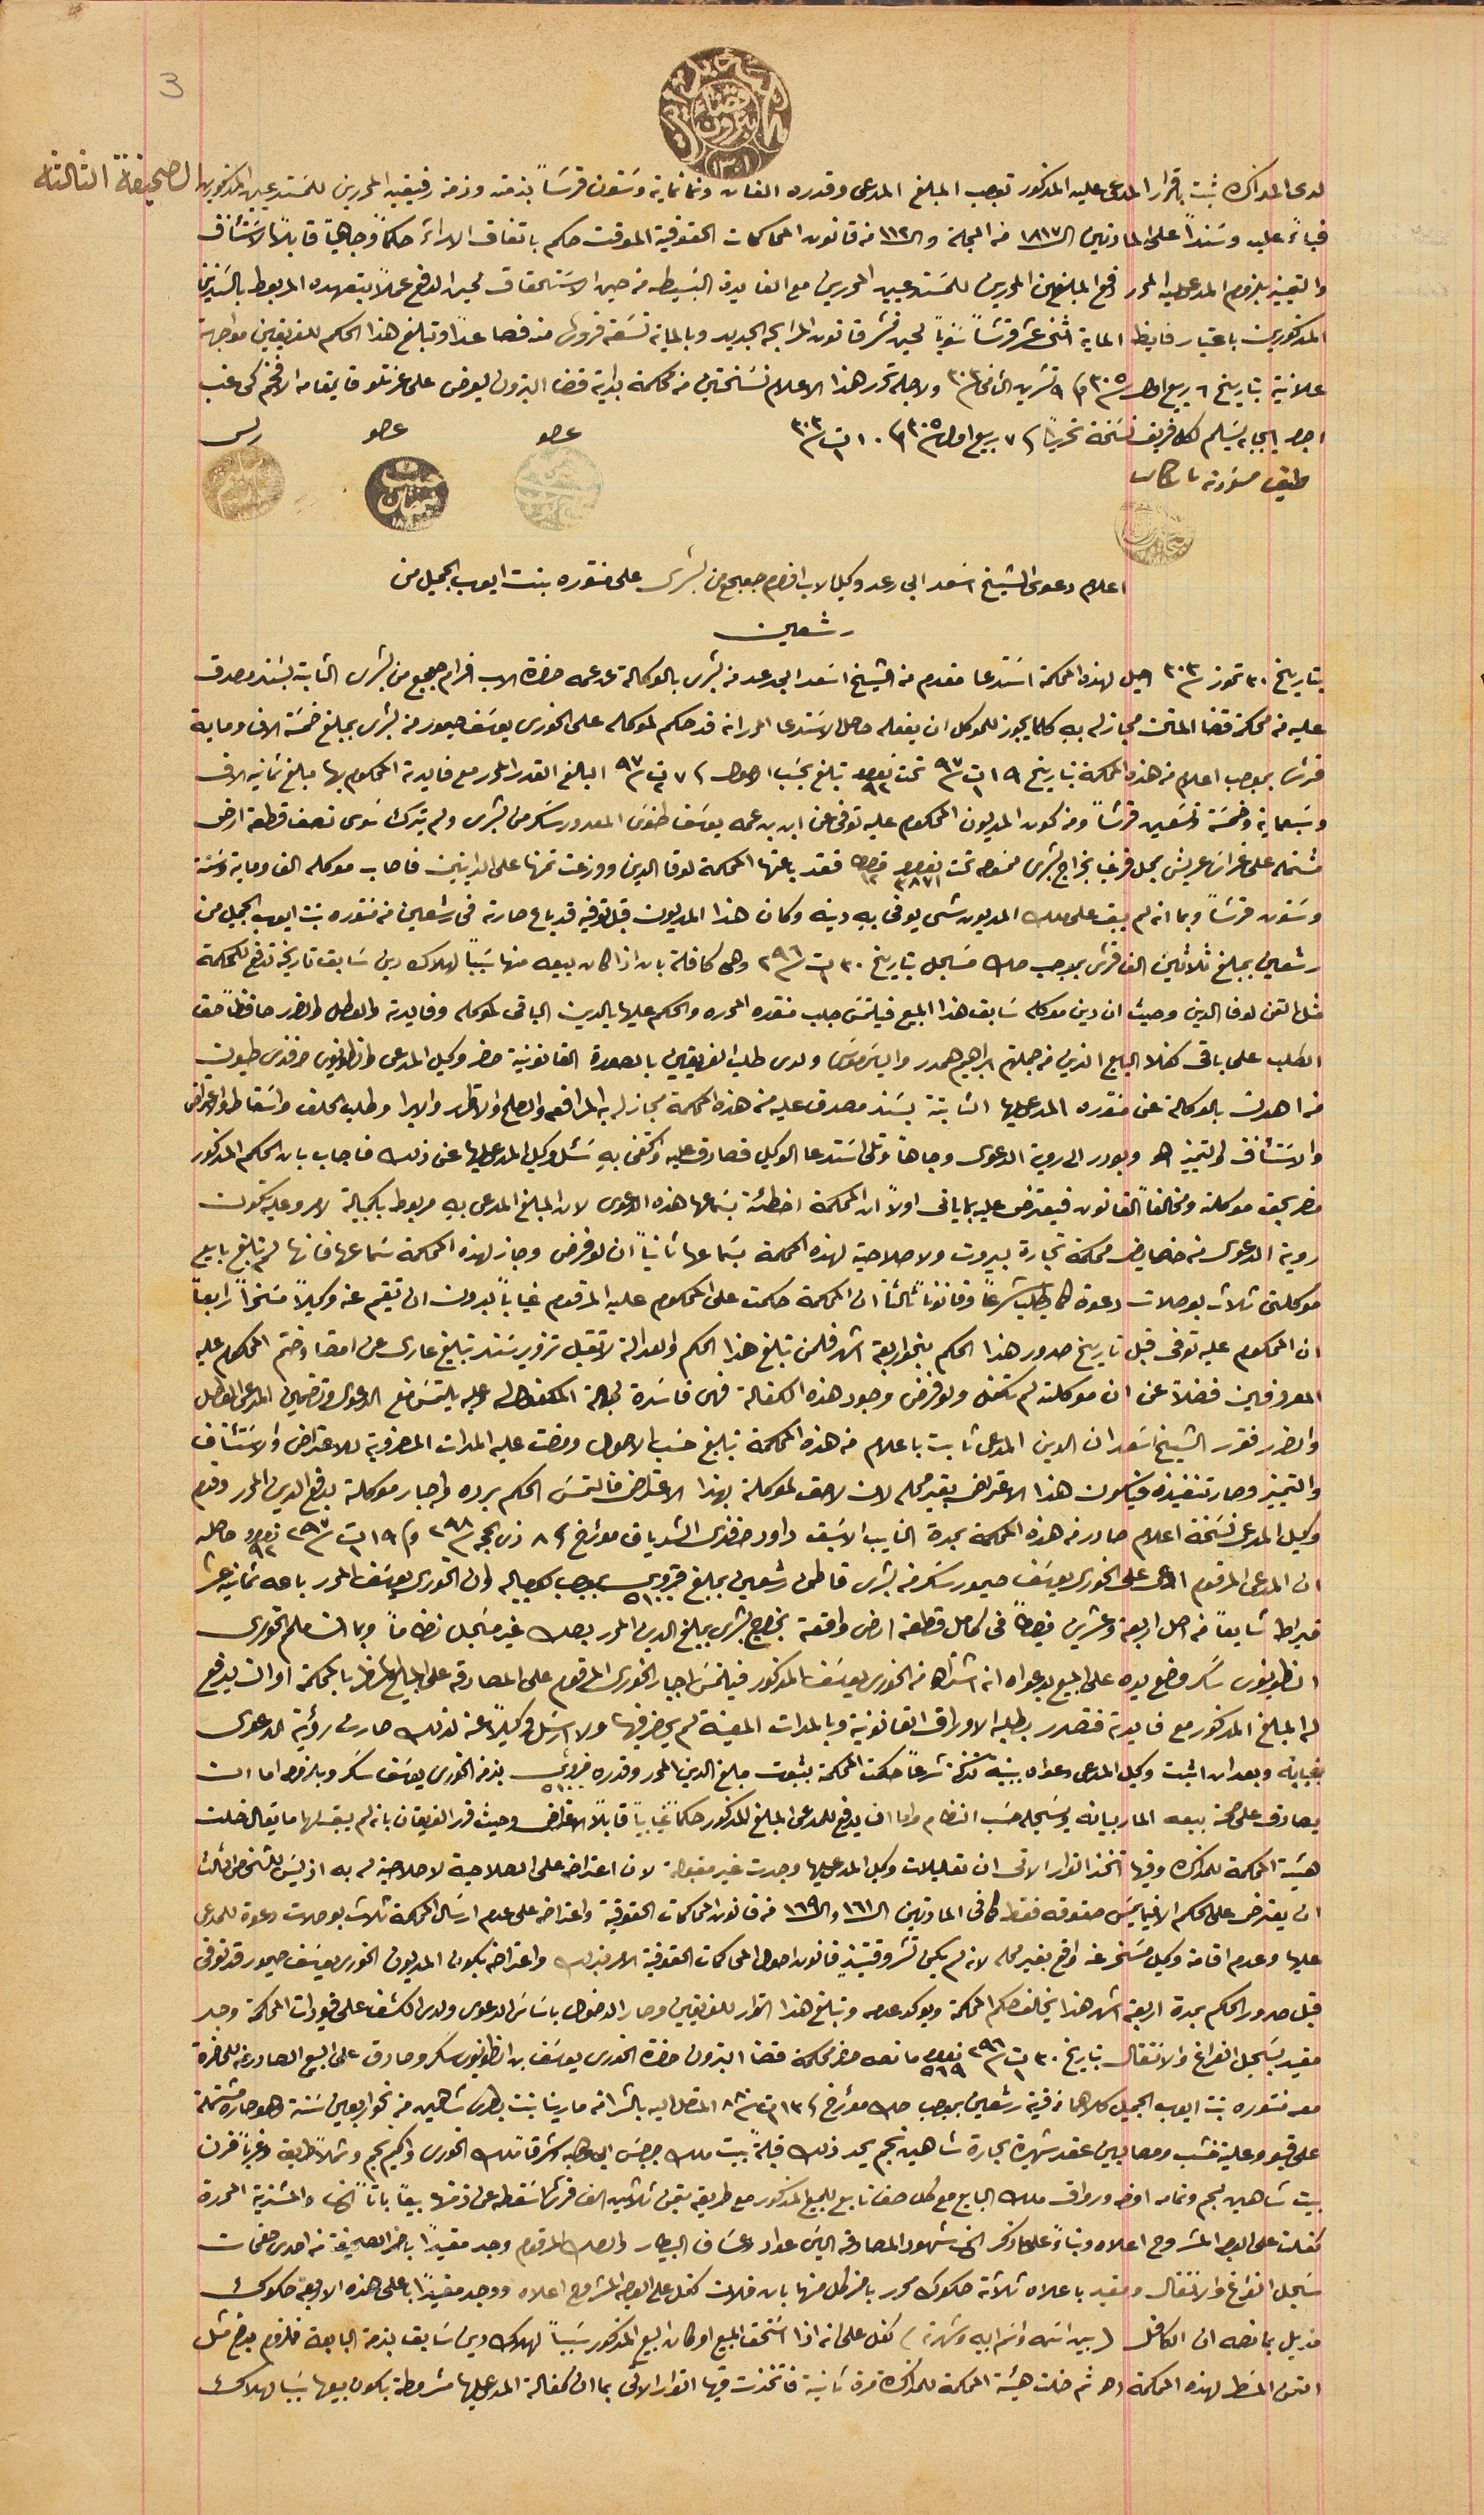
محكمة بدايت قضاء بترون ١٣٠١
 لدى المذاكره ثبت باقرار المدعى عليه المذكور توجب المبلغ المدعى وقدره الفان وتمانماية وسَتون قرشاً بذمته وذمة رفيقيه المحررين للمسَتدعين  المذكورين الصحيفة الثالثة
فباءً عليه وسنداً على المادتين الـ١٨١٧ من المجلة والـ١١٢ من قانون المحاكمات الحقوقية الموقت حكم باتفاق الاراءَ حكماً وجاهياً قابلاً الاسَتئناف
 والتمييز بلزوم المدعى عليه المحرر دفع المبلغين المحررين للمسَتدعيين المحررين مع الفايدة البسَيطه من حين الاسَتحقاق لحين الدفع عملاً بتعهده المربوط بالسَندين
المذكورين باعتبار فايظ الماية اثنى عشر قرشاً سوياً لحين نشر قانون المرابحه الجديد وبالماية تسَعة قروش منه فصاعداً وتبلغ هذا الحكم للفريقين مواجهة
علانية بتاريخ ٦ ربيع اول سنة ٣٠٥ وفى ٩ تشرين الثانى سنة ٣٠٣ ولاجله تحرر هذا الاعلام نسَختين من محكمة بداية قضا البترون يعرض على عزتلو قايمقام الافخم كى غب
اجرا ايجابه يسَلم لكل فريق نسَخة تحريراً فى ٧ ربيع اول سنة ٣٠٥ وفى ١٠ ت١ سنة ٣٠٣
طبق مسودة باشكاتب
 رشعين
اعلام دعوى الشيخ اسَعد ابى رعد وكيل الاب افرام جعجع من بشرى على منتوره بنت ايوب الجميل من
 بتاريخ ٣٠ تموز سنة ٣٠٣ احيل لهذه المحكمة اسَتدعا مقدم من الشيخ اسَعد ابى رعد من بشرى بالوكالة عن عمه حضرة الاب افرام جعجع من بشرى الثابة بسَند مصدق
عليه من محكمة قضا المتن مجاز له بهِ كلما يجوز للموكل ان يفعله حاصل الاسَتدعا المحرر انه قد حكم لموكله على الخورى يوسَف حيمور من بشرى بمبلغ خمسَة الاف وماية
قرش بموجب اعلام من هذه المحكمة بتاريخ ١٩ ت١ سنة ٩٧ تحت نمرو ٩٢ تبلغ بحسَب الاصول فى ٧ ت٢ سنة ٩٧ البالغ القدر المحرر مع فايدته المحكوم بها مبلغ ثمانية الاف
وسَبعماية وخمسَة وتسَعين قرشاً ومن كون المديون المحكوم عليه توفى عن ابن ابن عمه يوسَف طنوسَ المعدور سَكر من بشرى ولم يترك سَوى نصف قطعة ارض
مشتمله على غراسَ عريش بمحل قرني بخراج بشرى ممسَوحه تحت نمرو ٣٨٧١ قيراط ١٢  فقد باعتها المحكمة لوفا الدين ووزعت تمنها على الداينين فاصاب موكله الف وماية وسَتة
رشعين بمبلغ ثلاثين الف قرش بموجب صك مسَجل بتاريخ ٣٠ ت١ سنة ٢٩٦ وهى كافلة بانه اذا كان بيعه منها سَبباً لهلاك دين سَابق تاريخه تدفع للمحكمة
مثل التمن لوفا الدين وحيث ان دين موكله سَابق هذا المبيع فيلتمسَ جلب منتوره المحرره والحكم عليها بالدين الباقى لموكله وفايدته والعطل والضرر حافظاً حق
الطلب على باقى كفلا البايع الذي من جملتهم ابراهيم همدر والياسَ موسَى ولدى طلب الفريقين بالصورة القانونية حضر وكيل المدعى وانطونيوس افندى طيون
من اهدن بالوكلة عن منتوره المدعى عليها الثابتة بسَند مصدق عليه من هذه المحاكمة مجاز له به المرافعه والصلح والاقرار والابرا وطلب الحلف واسَقاط والاعتراض
والاسَتئناف والتمييز الخ وبودر الى روية الدعوى وجاهاً وتلى اسَتدعا الوكيل فصادق عليه واكتفى بهِ سَئل وكيل المدعى عليها عن ذلك فاجاب بان الحكم المذكور
مضر بحق موكلته ومخالفاً القانون فيعترض عليه بما ياتى اولاً ان المحكمة اخطئة بسَماعها هذه الدعوى لان المبلغ المدعى بهِ مربوط بكمبيالة لامر وعليه تكون
روية الدعوى من خصايض محكمة تجارة بيروت ولا صلاحية لهذه المحكمة بسَماعها ثانياً ان لو فرض وجاز لهذه المحكمة سَماعها فانها لم تبلغ بايع
موكلتى ثلاث بوصلات دعوة كما يطلب شرعاً وقانوناً ثالثاً ان المحكمة حكمت على المحكوم عليه المرقوم غياباً بدون ان تقيم عنه وكيلاً مسَخراً رابعاً
ان المحكوم عليه توفى قبل تاريخ صدور هذا الحكم بنحو اربعة اشهر فلمن تبلغ هذا الحكم والعدالة لا تقبل تزوير سَند تبليغ عارى عن امضا وختم المحكوم عليه
المعروفين فضلاً عن ان موكلته لم تكفل ولو فرض وجود هذه الكفالة فهى فاسَدة لجهة المكفوله وعليه يلتمسَ منع الدعوى وتضمين المدعى العطل
والضرر فقرر الشيخ اسَعد ان الدين المدعى ثابت باعلام من هذه المحكمة تبليغ حسَب الاصول ومضت عليه المدات المضروبة للاعتراض والاسَتئناف
والتمييز وصار تنفيذه فيكون هذا الاعتراض بغير محله لان لاحق لموكلته بهذا الاعتراض فالتمسَ الحكم برده واجبار موكلته بدفع الدين المحرر وقدم
وكيل المدعى نسَخة اعلام صادر فى هذه المحكمة بمدة النايب الاسَبق داود افندى الشدياق مؤرخ فى ٨ ذى الحجه سنة ٢٩٨ وفي ١٩ ت١ سنة ٢٩٧ نمرو ٩٢ حاصله
ان المدعى المرقوم ادعى على الخوري يوسَف حيمور سَكر من بشرى قاطن رشعين بمبلغ قروش ٥١٠٠ بموجب كمبياله وان الخوري يوسَف المحرر باعه ثمانيه عشر
قيراط شايعاً من اصل اربعة وعشرين قيراطاً فى كامل قطعة ارض واقعة بخراج بشرى بمبلغ الدين المحرر بصك غير مسَجل نظاماً وبما ان ملحم الخورى
 انطونيوس سَكر وضع يده على المبيع بدعواه انه اشتراها من الخوري يوسَف المذكور فيلتمسَ اجبار الخورى المرقوم على المصادقة على البايع المسَطر بالمحكمة او ان يدفع
له المبلغ المذكور مع فايدة فتصدر بطلبه الاوراق القانونية وبالمدات المعينة لم يحضر فيها ولا ارسَل وكيلاً عنه لذلك صارت رؤية الدعوى
بغيابه وبعد ان اثبت وكيل المدعى دعواه ببينة تزكها شرعاً حكمت المحكمة بثبوت مبلغ الدين المحر وقدره قروش ٥١٠٠ بذمة الخورى يوسَف سَكر ويلزموه اما ان
 يصادق على صحة بيعه المار بيانه ويسَجله حسَب النظام واما ان يدفع للمدعى المبلغ المذكور حكماً غيابياً قابلاً الاعتراض وحيث قرر الفريقان يانه لم يقبلها ما يقال خلت
هيئة المحكمة للمذاكره وفيها اتخذ القرار الاتى ان تعليلات وكيل المدعى عليها وجدت غير مقبولة لان اعتراضه على الصلاحية لاصلاحية له به اذ ليسَ للشخص الثالث
ان يعترض على الحكم الا فيما يمسَ حقوقه فقط كما فى المادتين الـ١٦١ والـ١٦٩ من قانون المحاكمات الحقوقية واعتراضه على عدم ارسَال المحكمة ثلاث بوصلات دعوة للمدعى
عليها وعدم اقامة وكيل مسَخر عنه واقع بغير محله لانه لم يكن نشر وقتيذٍ قانون اصول المحاكمات الحقوقية الامر بذلك واعتراضه يكون المديون الخوري يوسَف حيمور قد توفى
قبل صدور الحكم بمدة اربعة اشهر هذا يخالف حكم المحكمة ويوكد عدمه وتبلغ هذا القرار للفريقين وصار الدخول  باسَاسَ الدعوى ولدى الكشف على قيودات المحكمة وجد
مقيد بسَجل الفراغ والانتقال بتاريخ ٣٠ ت١ سنة ٢٩٦ نمرو ٥٦٩ ما نصه حضر محكمة قضا البترون حضرة الخورى يوسَف بن انطونيوس سَكر وصادق على البيع الصادر عنه للحاضرة
معه منتوره بنت ايوب الجميل كلاهما من قرية رشعين بموجب صك مؤرخ فى ١٣ ت١ سنة ٨٨٠  المتصل اليه بالشرا من مارينا بنت بطرس شاهين من نحو اربعين سَنة وهو حاره مشتملة
على قبو وعلية خشب ومصابين عقد شهيرة بحارة شاهين نجم يحد ذلك قبلةً بيت ملك جرجسَ ابى وهبه وشرقاً ملك الخورى واكيم نجم وشمالاً طريق وغرباً فرن
بيت شاهين نجم وتمامه اوضه ورواق ملك البايع مع كل حق تابع للمبيع المذكور مع طريقه بتمن ثلاثين الف قرش اسَقطه عن ذمتها بيعاً باتاً الخ والمشترية المحررة
كفلت على الوجه المشروح اعلاه وبناءً على ما ذكر الخ شهود المصادقة الياسَ عواد وعسَاف البيطار والصك المرقوم وجد مقيداً باخر الصحيفة من احدى صفحات
 سَجل الفراغ والانتقال ومقيد باعلاه ثلاثة صكوك محرر باخر كل منها بان فلان كفل على الوجه المشروح اعلاه ووجد مقيداً باعلى هذه الاربعة صكوك
 مذيل بما نصه ان الكافل (بين اسَمه واسَم ابيه وشهرته) كفل على انه اذا اسَتحق المبيع او كان البيع المذكور سَبباً لهلاك دين سَابق بذمة البايعة فملزوم بدفع مثل
3
التمن المسَطر لهذه المحكمة الخ ثم خلت هيئة المحكمة للمذاكره مرة ثانية فاتخذت فيها القرار الاتى بما ان كفالة المدعى عليها مشروطة يكون بيعها سَبب لهلاك
وسَتون قرشاً وبما انه لم يبق على ملك المديون شى يوفى بهِ دينه وكان هذا المديون قبل توفيه قد باع حارته فى رشعين من منتوره بنت ايوب الجميل من
عضو حسين العلم الحاج يوسف
عضو حبيب نبهان ١٨٨٠
رىس سليم باز ١٨٨٣